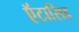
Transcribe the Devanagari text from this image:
ऍंटासिड